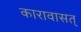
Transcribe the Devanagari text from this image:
कारावासत्